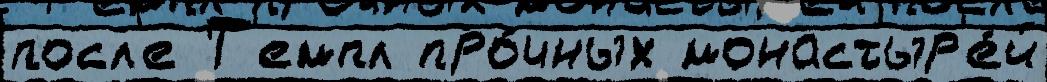
посл'е Т'емпл про́чных монастыр'е́й